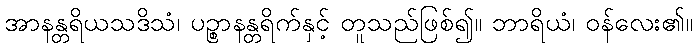
အာနန္တရိယသဒိသံ၊ ပဉ္စာနန္တရိက်နှင့် တူသည်ဖြစ်၍။ ဘာရိယံ၊ ဝန်လေး၏။